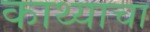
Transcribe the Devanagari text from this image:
काथ्याचा